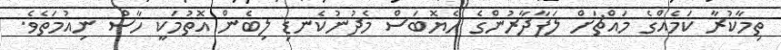
ތިމާކުރާ ކަމެއްގެ މައްޗަށް ލަފާދާރުންގެ ހެޔޮބަސް މެދުނުކެނޑި ލިބެން އޮތުމަކީ ހާސް ނިއުމަތެވެ.